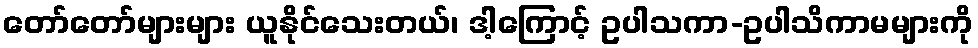
တော်တော်များများ ယူနိုင်သေးတယ်၊ ဒါ့ကြောင့် ဥပါသကာ-ဥပါသိကာမများကို